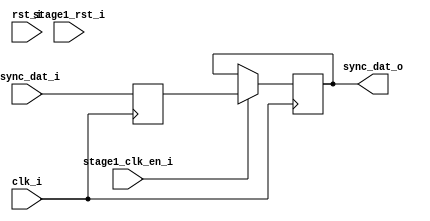
`timescale 1ns / 1ps


module uart_sync_flops
(
  // internal signals
  rst_i,
  clk_i,
  stage1_rst_i,
  stage1_clk_en_i,
  async_dat_i,
  sync_dat_o
);

parameter Tp            = 1;
parameter width         = 1;
parameter init_value    = 1'b0;

input                           rst_i;                  // reset input
input                           clk_i;                  // clock input
input                           stage1_rst_i;           // synchronous reset for stage 1 FF
input                           stage1_clk_en_i;        // synchronous clock enable for stage 1 FF
input   [width-1:0]             async_dat_i;            // asynchronous data input
output  [width-1:0]             sync_dat_o;             // synchronous data output


//
// Interal signal declarations
//

reg     [width-1:0]             sync_dat_o=0;
reg     [width-1:0]             flop_0=0;


// first stage
always @ (posedge clk_i )
begin
    
        flop_0 <= #Tp async_dat_i;    
end

// second stage
always @ (posedge clk_i )
begin
    if (stage1_clk_en_i)
        sync_dat_o <= #Tp flop_0;       
end

endmodule